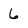
Character: 6